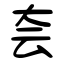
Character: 夽